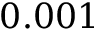
0 . 0 0 1